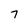
Character: 7